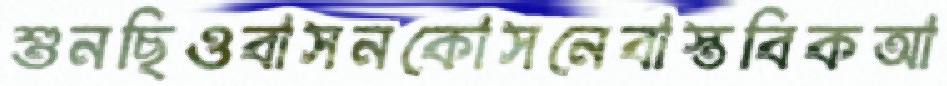
শুনছিওবাসনকোসনেবাস্তবিকআ